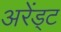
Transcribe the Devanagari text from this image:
अरेंड्ट